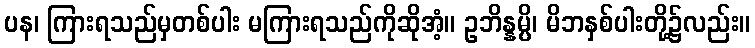
ပန၊ ကြားရသည်မှတစ်ပါး မကြားရသည်ကိုဆိုအံ့။ ဥဘိန္နမ္ပိ၊ မိဘနှစ်ပါးတို့၌လည်း။